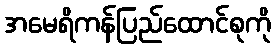
အမေရိကန်ပြည်ထောင်စုကို